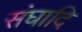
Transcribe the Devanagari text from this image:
संघादि